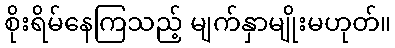
စိုးရိမ်နေကြသည့် မျက်နှာမျိုးမဟုတ်။